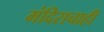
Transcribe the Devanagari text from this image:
मंदिराचाही